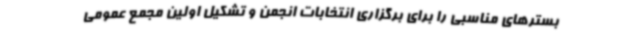
بسترهای مناسبی را برای برگزاری انتخابات انجمن و تشکیل اولین مجمع عمومی